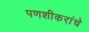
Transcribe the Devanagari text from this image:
पणशीकरांचे